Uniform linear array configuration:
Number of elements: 32
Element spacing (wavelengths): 0.75
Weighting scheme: blackman
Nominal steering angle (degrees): -45
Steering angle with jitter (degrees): -45.848
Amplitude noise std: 0.05
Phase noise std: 0.05

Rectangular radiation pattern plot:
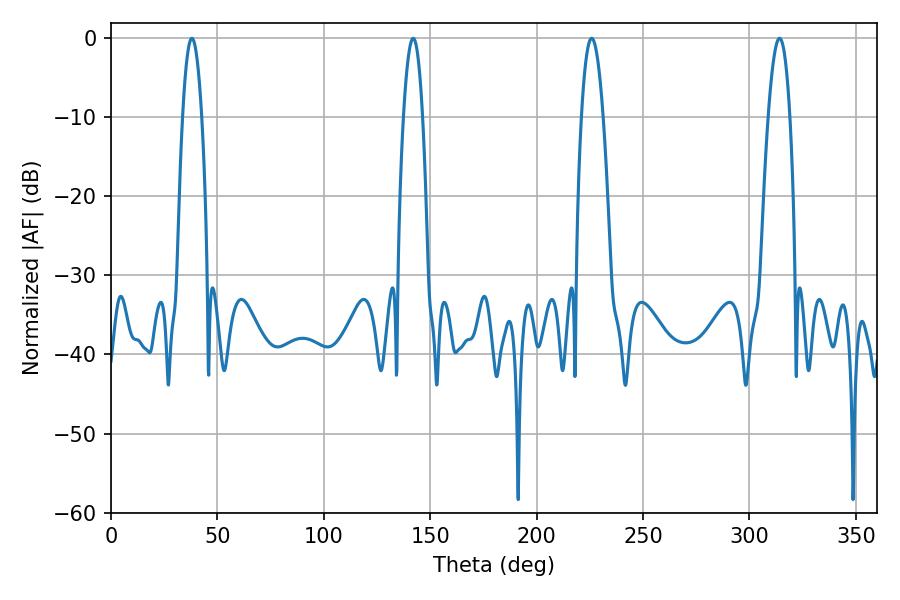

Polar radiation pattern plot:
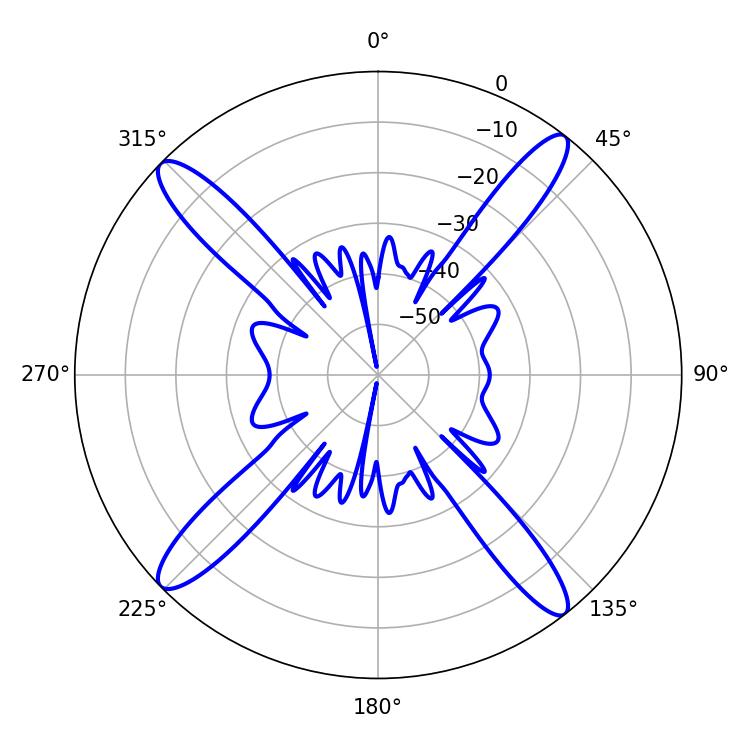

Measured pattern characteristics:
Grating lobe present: TRUE
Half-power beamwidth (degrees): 4.86
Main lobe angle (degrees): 37.98